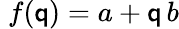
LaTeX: \; f(\mathsf{q})=a+\mathsf{q}\, b